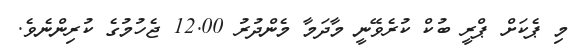
މި ޕެކަށް ޕްރީ ބުކް ކުރެވޭނީ މާދަމާ މެންދުރު 12.00 ޖެހުމުގެ ކުރިންނެވެ.